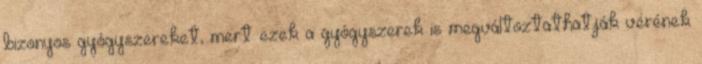
bizonyos gyógyszereket, mert ezek a gyógyszerek is megváltoztathatják vérének